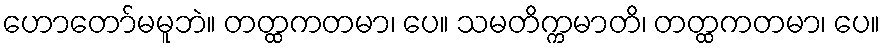
ဟောတော်မမူဘဲ။ တတ္ထကတမာ၊ ပေ။ သမတိက္ကမာတိ၊ တတ္ထကတမာ၊ ပေ။